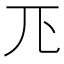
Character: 𭀖